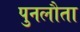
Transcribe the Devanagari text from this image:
पुनलौता